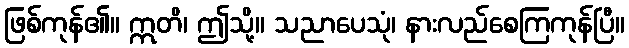
ဖြစ်ကုန်၏။ ဣတိ၊ ဤသို့။ သညာပေသုံ၊ နားလည်စေကြကုန်ပြီ။